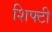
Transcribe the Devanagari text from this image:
शिफ्टी